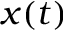
x ( t )